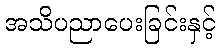
အသိပညာပေးခြင်းနှင့်